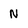
Character: N